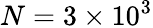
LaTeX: N=3\times 10^{3}